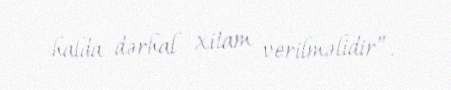
halda dərhal xitam verilməlidir”.